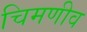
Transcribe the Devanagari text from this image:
चिमणीव